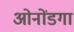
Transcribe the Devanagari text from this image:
ओनोंडगा